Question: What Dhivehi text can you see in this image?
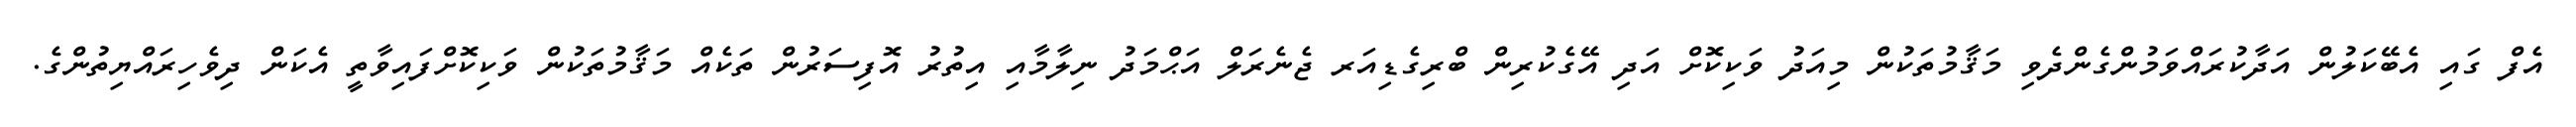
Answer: އެފް ގައި އެބޭކަލުން އަދާކުރައްވަމުންގެންދެވި މަޤާމުތަކުން މިއަދު ވަކިކޮށް އަދި އޭގެކުރިން ބްރިގެޑިއަރ ޖެނެރަލް އަޙްމަދު ނިލާމާއި އިތުރު އޮފިސަރުން ތަކެއް މަޤާމުތަކުން ވަކިކޮށްފައިވާތީ އެކަން ދިވެހިރައްޔިތުންގެ.